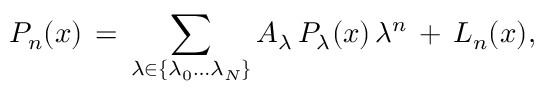
P _ { n } ( x ) \, = \, \sum _ { \lambda \in \{ \lambda _ { 0 } \ldots \lambda _ { \cal N } \} } { \cal A } _ { \lambda } \, { \cal P } _ { \lambda } ( x ) \, \lambda ^ { n } \, + \, { \cal L } _ { n } ( x ) ,